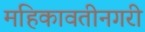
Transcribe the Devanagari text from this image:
महिकावतीनगरी